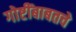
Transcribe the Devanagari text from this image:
गोष्टींबाबतचे